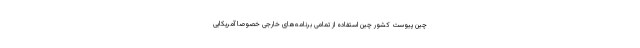
چین پیوست کشور چین استفاده از تمامی برنامه‌های خارجی خصوصا آمریکایی